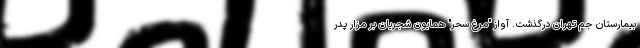
بیمارستان جم تهران درگذشت. آواز "مرغ سحر" همایون شجریان بر مزار پدر